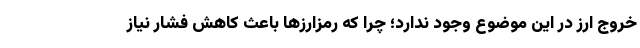
خروج ارز در اين موضوع وجود ندارد؛ چرا كه رمزارزها باعث كاهش فشار نياز